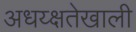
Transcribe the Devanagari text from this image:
अधय्क्षतेखाली